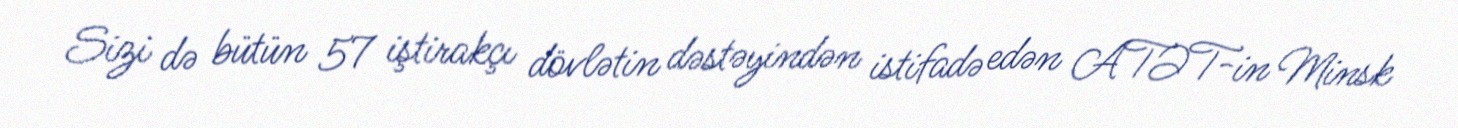
Sizi də bütün 57 iştirakçı dövlətin dəstəyindən istifadə edən ATƏT-in Minsk